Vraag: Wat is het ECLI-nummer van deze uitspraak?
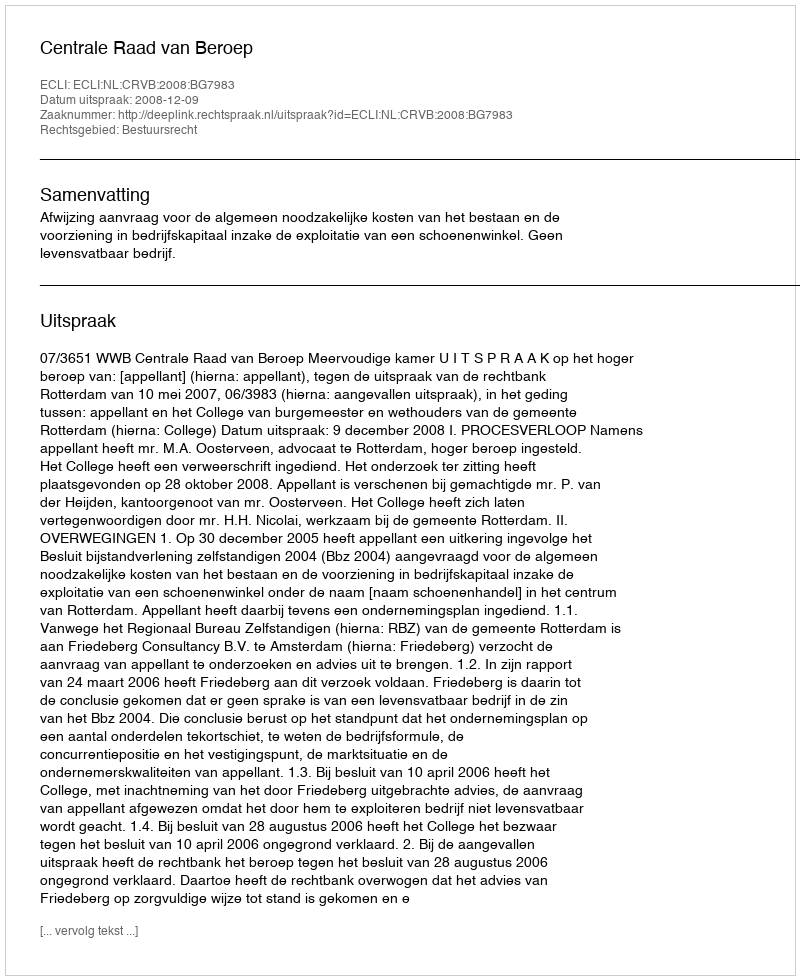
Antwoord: ECLI:NL:CRVB:2008:BG7983